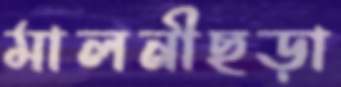
মালনীছড়া